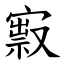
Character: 㝮